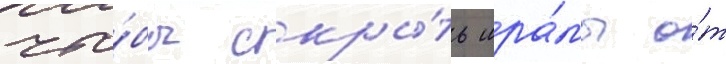
что́бы скры́ть шра́мы о́т